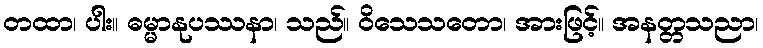
တထာ၊ ပါး။ ဓမ္မာနုပဿနာ၊ သည်။ ဝိသေသတော၊ အားဖြင့်။ အနတ္တသညာ၊